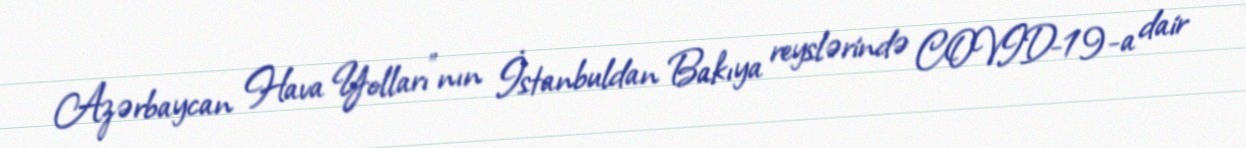
Azərbaycan Hava Yolları"nın İstanbuldan Bakıya reyslərində COVID-19-a dair